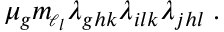
\mu _ { g } m _ { \! \scriptscriptstyle \ell _ { l } } \lambda _ { g h k } \lambda _ { i l k } \lambda _ { j h l } \; .